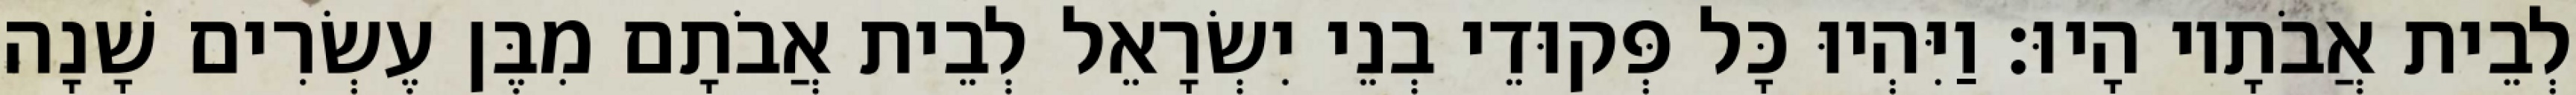
לְבֵית אֲבֹתָיו הָיוּ׃ וַיִּהְיוּ כָּל פְּקוּדֵי בְנֵי יִשְׂרָאֵל לְבֵית אֲבֹתָם מִבֶּן עֶשְׂרִים שָׁנָה